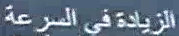
الزيادة في السرعة